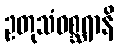
ဥတုသံဝစ္ဆရာနိ